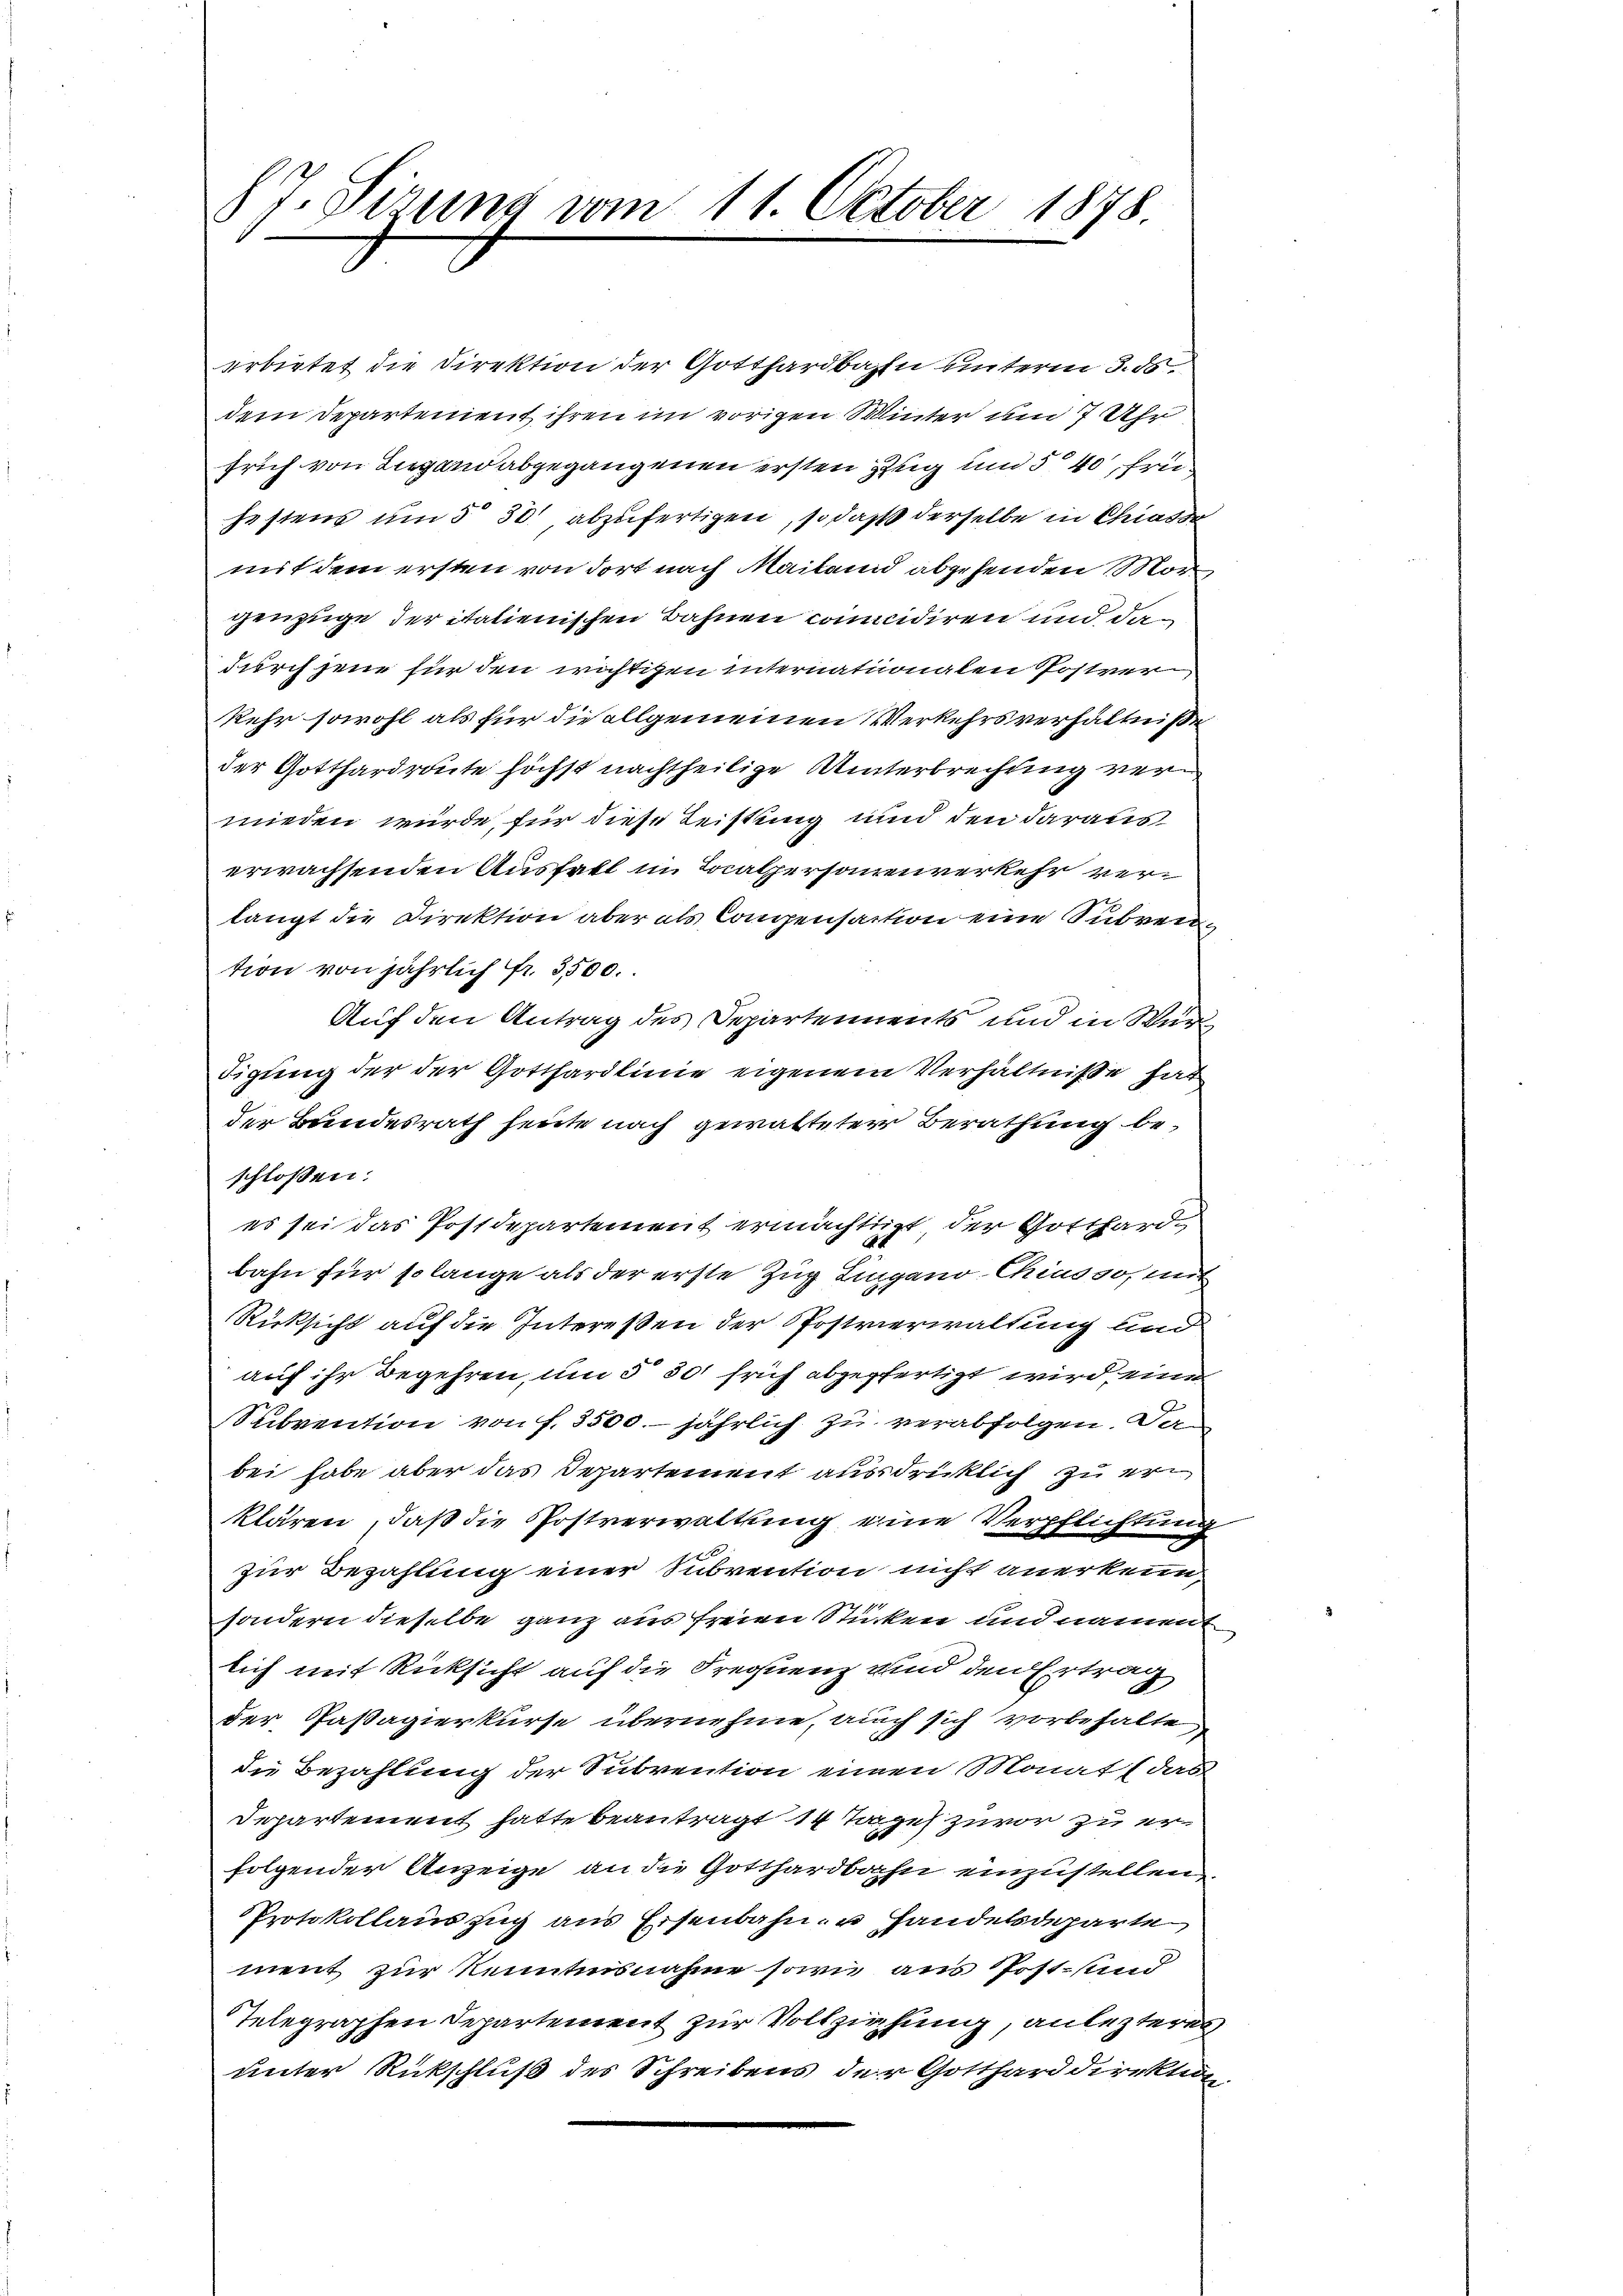
8 J. Sitzung vom 11. October 1878.

erbietet die Direktion der Gotthardbahn unterm 3. d.
dem Departement ihren im vorigen Winter um 7 Uhr
früh von Liegend abgegangenen ersten Zug und 540, frühestens um 5 30 abzufertigen, so daß derselbe in Chias da
mit dem ersten von dort nach Mailand abgehenden Morgenzüge der italienischen Bahnen concidiren und dadurch jene für den richtigen Internationalen Postver
kehr sowohl als für die allgemeinen Verkehrsverhältniße
der Gotthardraite höchst nachtheilige Unterbrechung vermieden würde, für diese Leistung und den daraus
erwachsenden Ausfall in Localpersonenverkehr verlangt die Direktion aber als Compensaction eine Subvention von jährlich fr. 3500.
Auf den Antrag des Departements und in Würdigung der der Gotthardlinie eigenem Verhältniße hat
der Bundesrath heute nach gewalteter Berathung beschlossen:
es sei das Postdepartement ermächtigt, der Gotthardbahn für solange als der erste Zug Lingano-Chiusso, mit
Rücksicht auf die Intereßen der Postverwaltung und
auf ihr Begehren, um 5 30 früh abgefertigt wird, eine
Subvention von f. 3500. jährlich zu verabfolgen. Da
bei habe aber das Departement ausdrücklich zu erklären, daß die Postverwaltung eine Verpflichtung
zur Bezahlung einer Subvention nicht anerken,
sondern dieselbe ganz aus freien Stücken und nament
lich mit Rücksicht auf die Frequenz und den Ertrag
der Passagierkurse übernehme, auch sich vorbehalte
die Bezahlung der Subvention einen Monat (das
Departement hatte beanträgt 14 Tages zuvor zu erfolgender Anzeige an die Gotthardbahn einzustellen,
Protokollauszug aus Eisenbahn u Handelsdeparte
ment zur Kenntnisnahme sowie aus Post- und
Telegraphen Departement zur Vollziehung, anlezteres
unter Rückschluß des Schreibens der Gotthard direktion,